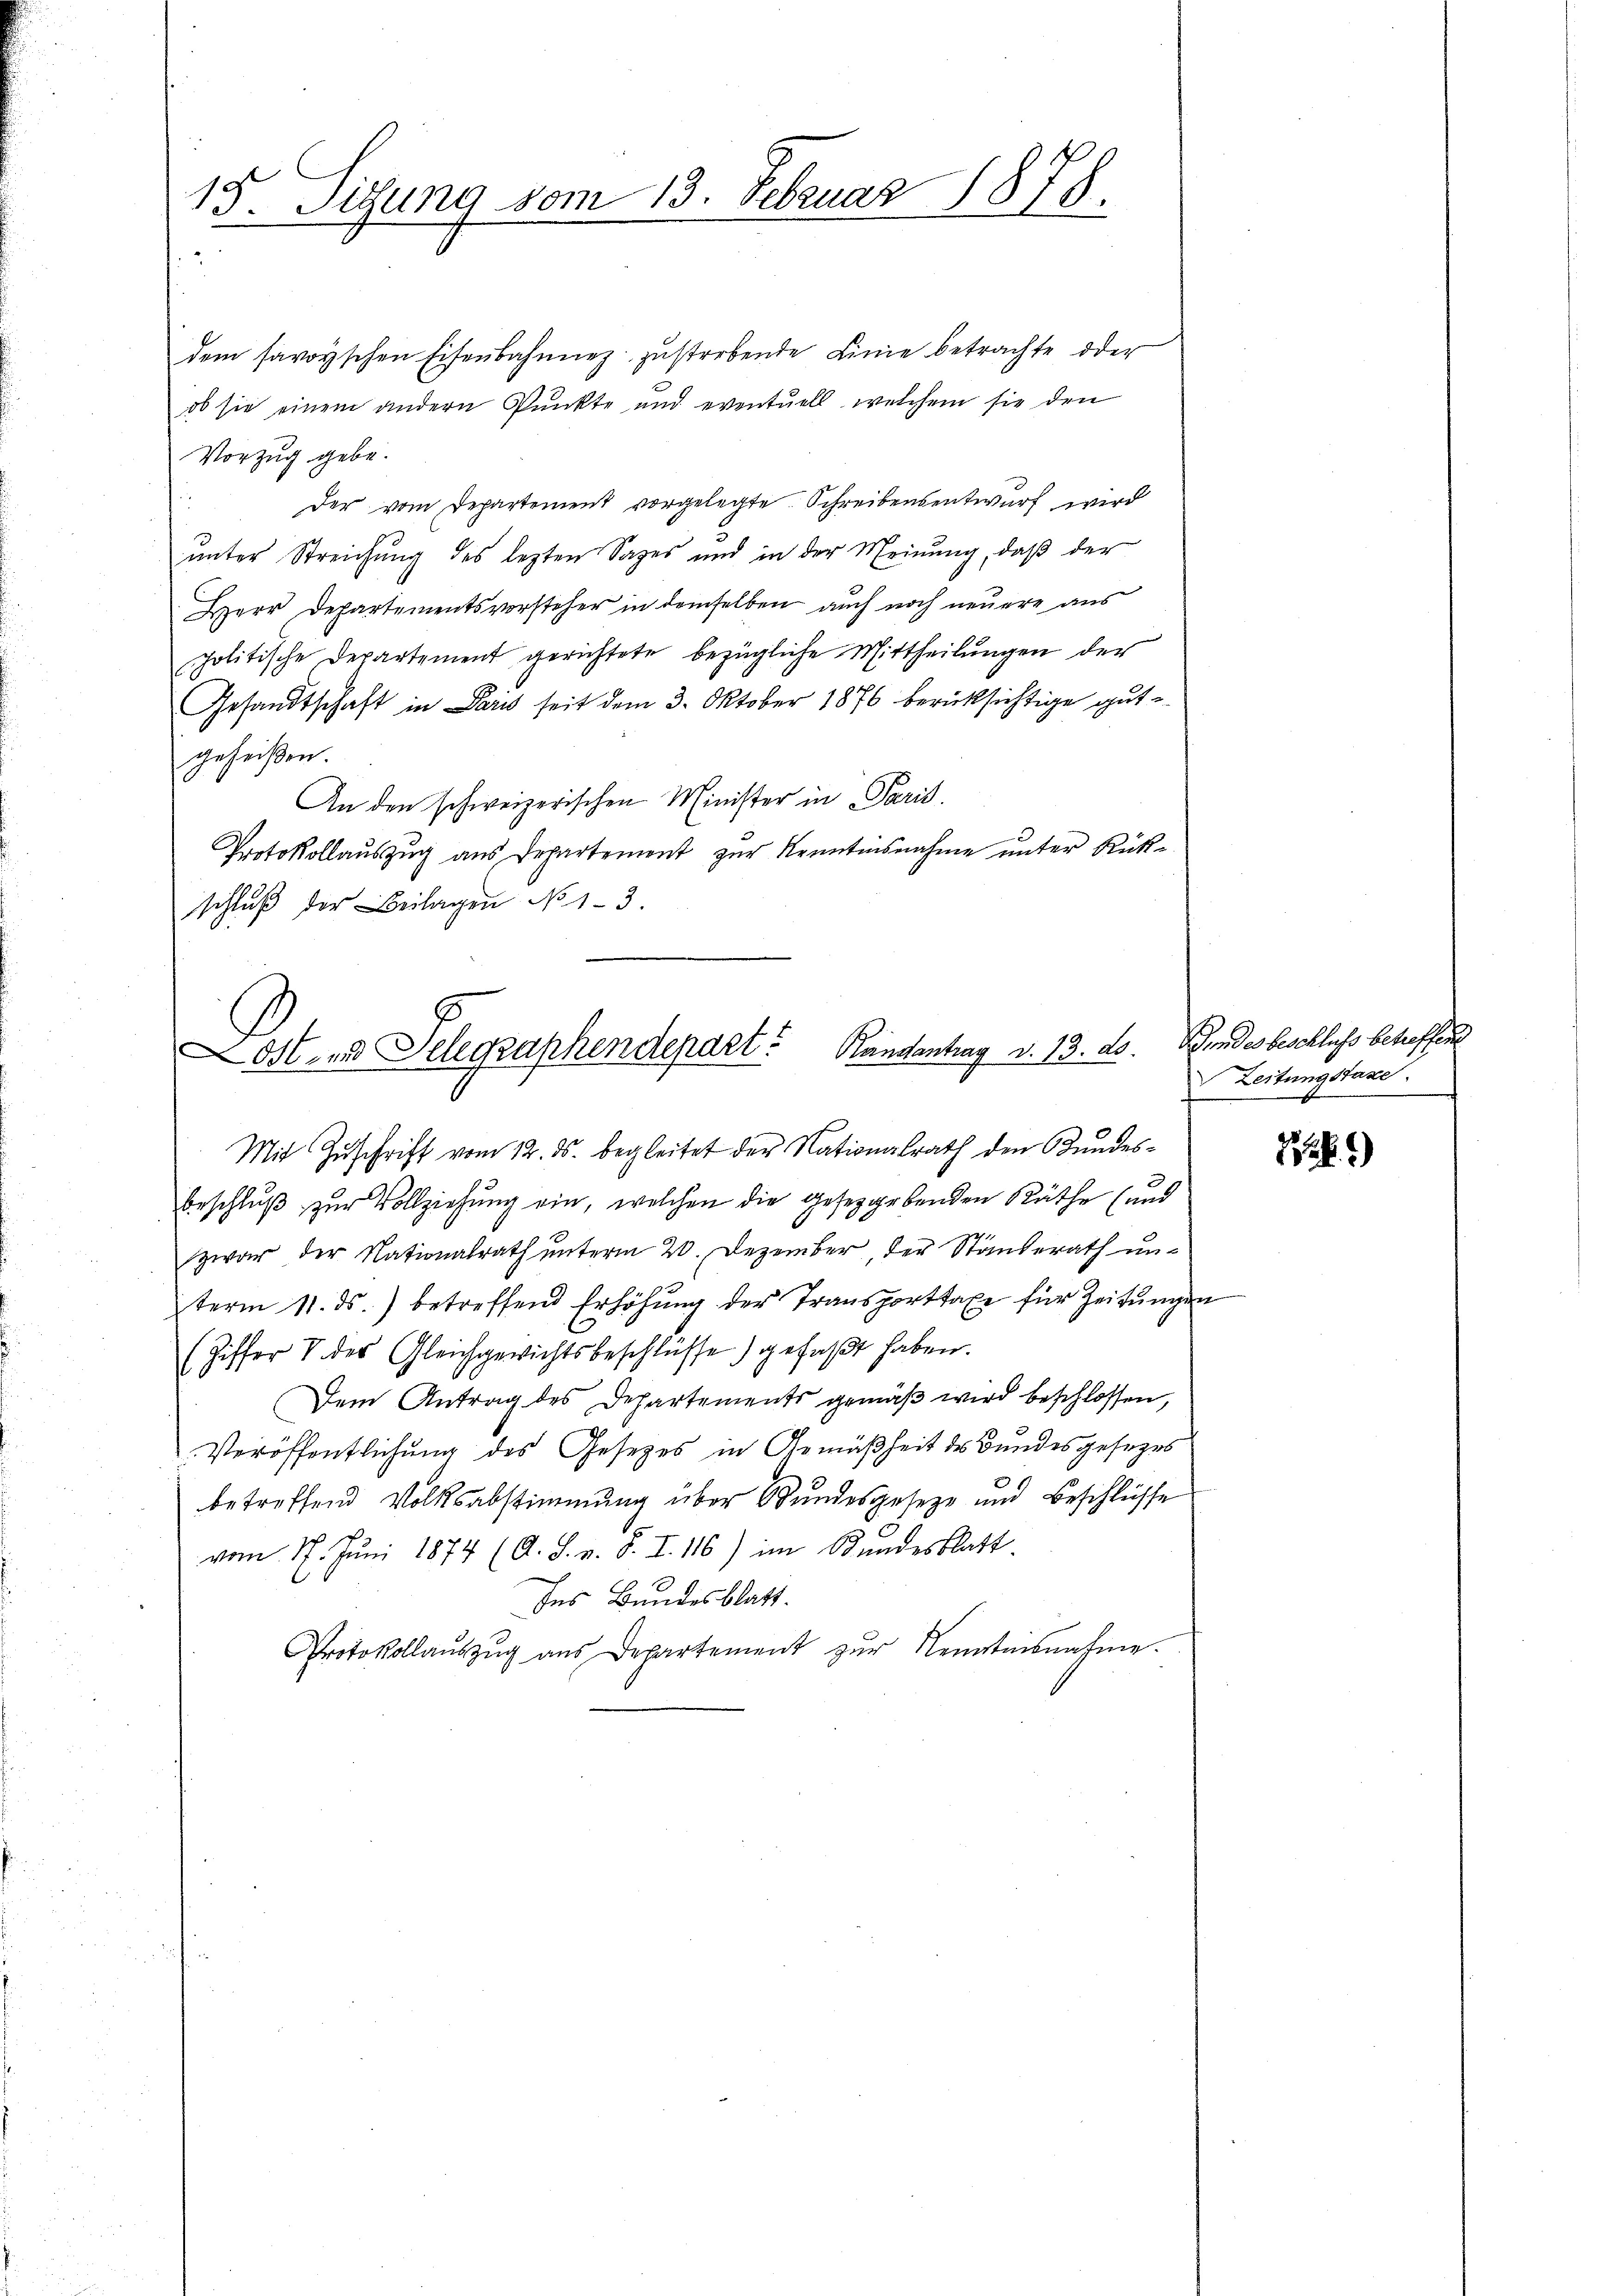
dem savoyischen Eisenbahnnez zustrebende Linie betrachte oder
ob sie einem andern Punkte und eventuell, welchem sie den
Vorzug gebe.
Der vom Departement vorgelegte Schreibensentwurf wird
5
ŭnter Streichŭng des lezten Sages und in der Meinŭng, daβ der
Herr Departementsvorsteher in demselben auch noch neuere aus
politische Departement gerichtete bezügliche Mittheilungen der
Gesandtschaft in Paris seit dem 3. Oktober 1876 berücksichtige gutgeheißen.
An den schweizerischen Minister in Paris.
Protokollauszug aus Departement zur Kenntnisnahme unter Rückschlŭβ der Beilagen No 1-3.

15. Sigung vom 13. Februar 1878.

ost- und Telegraphendepart? Kandantrag d. 13. ds.

Mit Zuschrift vom 12. ds. begleitet der Nationalrath den Bundesbeschluß zur Vollziehung ein, welchen die gesetzgebenden Räthe (und
zwar der Nationalrath unterm 20. Dezember der Ständerath unterm 11. ds. betreffend Erhöhŭng der Transporttaxe für Zeitŭngen
(Ziffer V des Gleichgewichtsbeschlüsse) gefaßt haben.
Dem Antrag des Departements gemäß wird beschlossen,
Veröffentlichung des Gesetzes in Gemäßheit des Bundesgesezes
betreffend Volksabstimmung über Bundesgeseze und Beschlüsse
vom 17. Juni 1874 (A. S. v. S. I. 116) im Bundesblatt
fes Bundesblatt.
Protokollaŭszŭg ans Departement zŭr Kenntensnahme.

Gindes beschluss betreffend
Leitungstaxe.

)